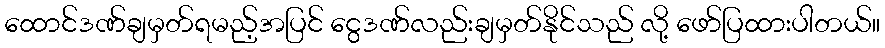
ထောင်ဒဏ်ချမှတ်ရမည့်အပြင် ငွေဒဏ်လည်းချမှတ်နိုင်သည် လို့ ဖော်ပြထားပါတယ်။